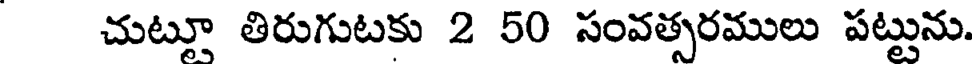
చుట్టూ తిరుగుటకు 2 50 సంవత్సరములు పట్టును.